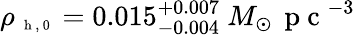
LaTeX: \rho_{\mathrm{~\scriptsize~h~,~0~}}=0.015_{-0.004}^{+0.007}~M_{\odot}\, \mathrm{~p~c~}^{-3}